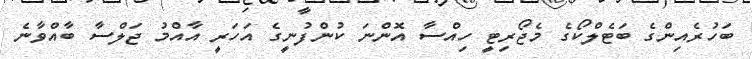
ބަހުރެއިންގެ ބަޓެލްކޯގެ މެޖޯރިޓީ ހިއްސާ އޮންނަ ކުންފުނީގެ އަހަރީ އާއްމު ޖަލްސާ ބާއްވާނެ